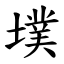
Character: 墣